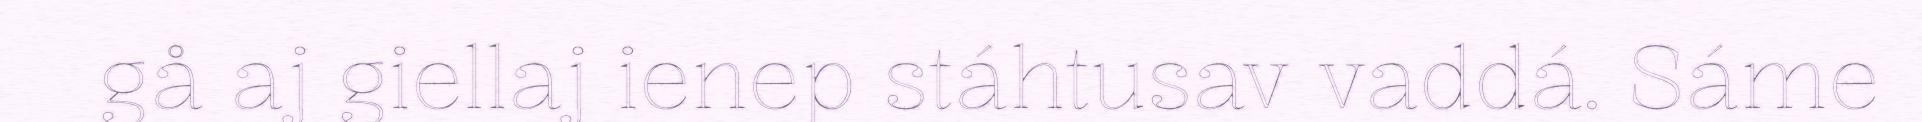
gå aj giellaj ienep stáhtusav vaddá. Sáme